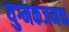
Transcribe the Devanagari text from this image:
युग्मकजनक